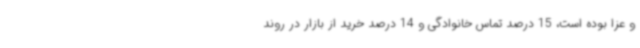
و عزا بوده است، 15 درصد تماس خانوادگی و 14 درصد خرید از بازار در روند